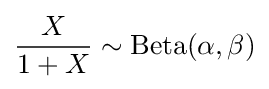
{\frac {X}{1+X}}\sim {\textrm {Beta}}(\alpha ,\beta )